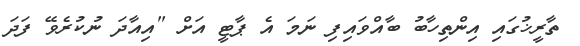
ތާރީޚުގައި އިންތިހާބު ބާއްވައިފި ނަމަ އެ ޕާޓީ އަށް "އިއާދަ ނުކުރެވޭ ފަދަ